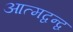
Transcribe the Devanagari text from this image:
आत्मद्वन्द्व